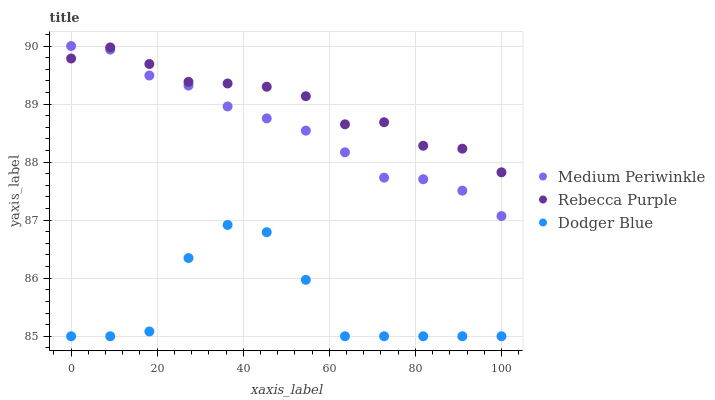
| xaxis_label | Medium Periwinkle | Rebecca Purple | Dodger Blue |
 | --- | --- | --- | --- |
 | 0 | 90 | 89.8 | 85 |
 | 9.09 | 89.9 | 90 | 85 |
 | 18.2 | 89.5 | 89.7 | 85.1 |
 | 27.3 | 89.3 | 89.4 | 86.3 |
 | 36.4 | 89 | 89.4 | 86.9 |
 | 45.5 | 88.8 | 89.3 | 86.8 |
 | 54.5 | 88.5 | 89.1 | 86 |
 | 63.6 | 88.2 | 88.7 | 85 |
 | 72.7 | 87.7 | 88.7 | 85 |
 | 81.8 | 87.7 | 88.3 | 85 |
 | 90.9 | 87.5 | 88.2 | 85 |
 | 100 | 87.1 | 87.8 | 85 |